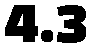
4.3